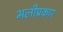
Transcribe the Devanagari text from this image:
भलीप्रकार